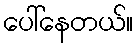
ပေါ်နေတယ်။